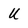
Character: u